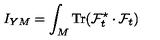
I _ { Y M } = \int _ { M } \mathrm { T r } ( { \cal F } _ { t } ^ { \star } \cdot { \cal F } _ { t } )